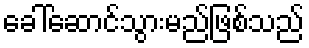
ခေါ်ဆောင်သွားမည်ဖြစ်သည်